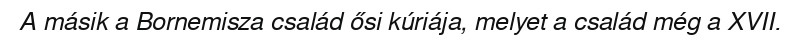
A másik a Bornemisza család ősi kúriája, melyet a család még a XVII.